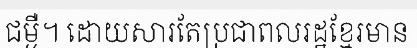
ជម្ងឺ។ ដោយសារតែប្រជាពលរដ្ឋខ្មែរមាន